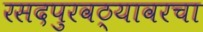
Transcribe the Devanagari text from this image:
रसदपुरवठ्यावरचा